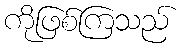
ကိုဖြစ်ကြသည်